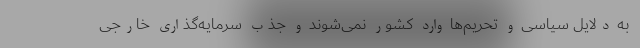
به دلایل سیاسی و تحریم‌ها وارد کشور نمی‌شوند و جذب سرمایه‌گذاری خارجی